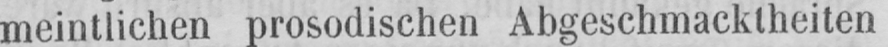
meintlichen prosodischen Abgeschmacktheiten